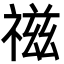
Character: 禌